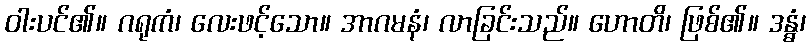
ဝါးပင်၏။ ဂရုကံ၊ လေးဖင့်သော။ အာဂမနံ၊ လာခြင်းသည်။ ဟောတိ၊ ဖြစ်၏။ ဒန္ဓံ၊